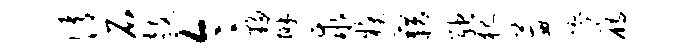
情石鼓令夥辨求糗藉弛犯蕙缪雁